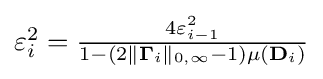
{\textstyle \varepsilon _{i}^{2}={\frac {4\varepsilon _{i-1}^{2}}{1-(2\|\mathbf {\Gamma } _{i}\|_{0,\infty }-1)\mu (\mathbf {D} _{i})}}}